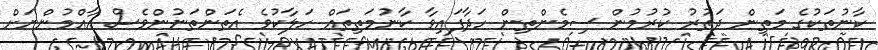
ކާނުތަކުގެ މަތިން ދަތުރު ކުރުމުން ސިމެންތިން ހަދާފައިވާ ކާނުމަތިތައް ހަލާކުވެ އެތަންތަނުންވެސް އާއްމުންނަށް